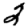
Digit: 2